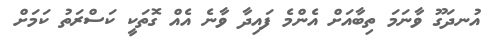
އުނދަގޫ ވާނަމަ ތިބާއަށް އެންމެ ފައިދާ ވާނެ އެއް ގޮތަކީ ކަސްރަތު ކަމަށް